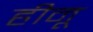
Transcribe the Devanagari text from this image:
हीनू